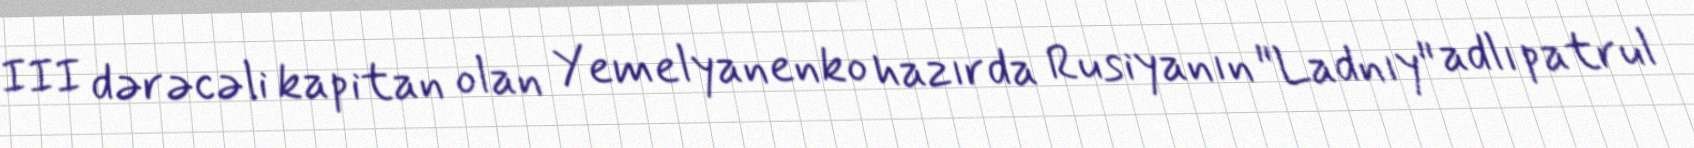
III dərəcəli kapitan olan Yemelyanenko hazırda Rusiyanın "Ladnıy" adlı patrul